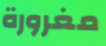
مغرورة